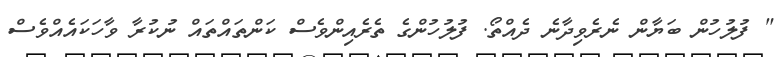
" ފުލުހުން ބަޔާން ނެރެވިދާނެ ދެއްތޯ. ފުލުހުންގެ ތެރެއިންވެސް ކަންތައްތައް ނުކުރާ ވާހަކައެއްވެސް